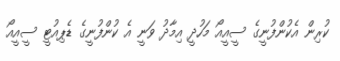
ކުރިން އެކުންފުނީގެ ސީއީއޯ މަހުދީ އިމާދު ވަނީ އެ ކުންފުނީގެ ޑެޕިއުޓީ ސީއީއޯ